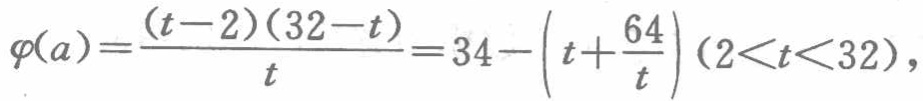
\(\varphi(a)=\frac{(t - 2)(32 - t)}{t}=34-\left(t+\frac{64}{t}\right)(2<t<32)\)